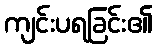
ကျင်းပရခြင်း၏